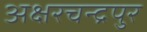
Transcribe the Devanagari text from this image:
अक्षरचन्द्रपुर